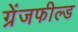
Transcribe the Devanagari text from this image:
ग्रेंजफील्ड